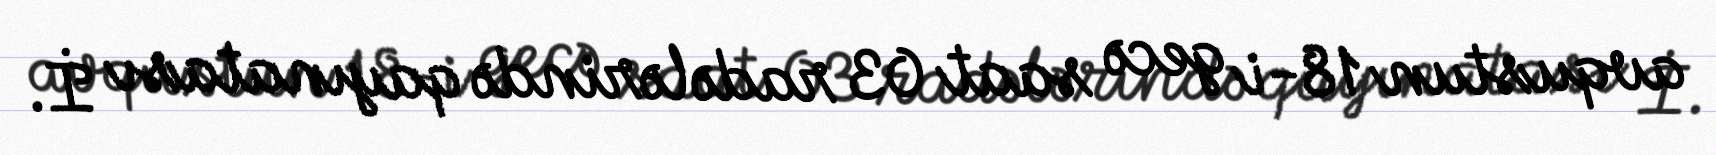
avqustun 18-i gecə saat 03 radələrində qayınatası İ.